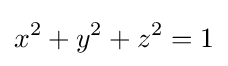
x^{2}+y^{2}+z^{2}=1